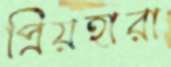
প্রিয়হারা